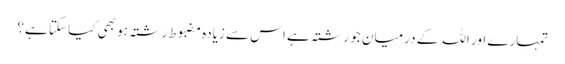
تمہارے اور اللہ کے درمیان جو رشتہ ہے اس سے زیادہ مضبوط رشتہ ہو بھی کیا سکتا ہے؟